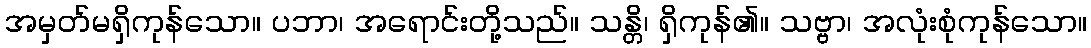
အမှတ်မရှိကုန်သော။ ပဘာ၊ အရောင်းတို့သည်။ သန္တိ၊ ရှိကုန်၏။ သဗ္ဗာ၊ အလုံးစုံကုန်သော။